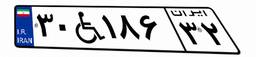
۳۰W۱۸۶۳۲